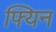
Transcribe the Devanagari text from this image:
फ्यिन